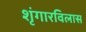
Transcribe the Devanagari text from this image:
शृंगारविलास